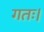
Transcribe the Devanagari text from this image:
गतः।